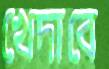
খেদাবে